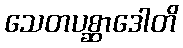
သေတပစ္ဆာဒေါတိ